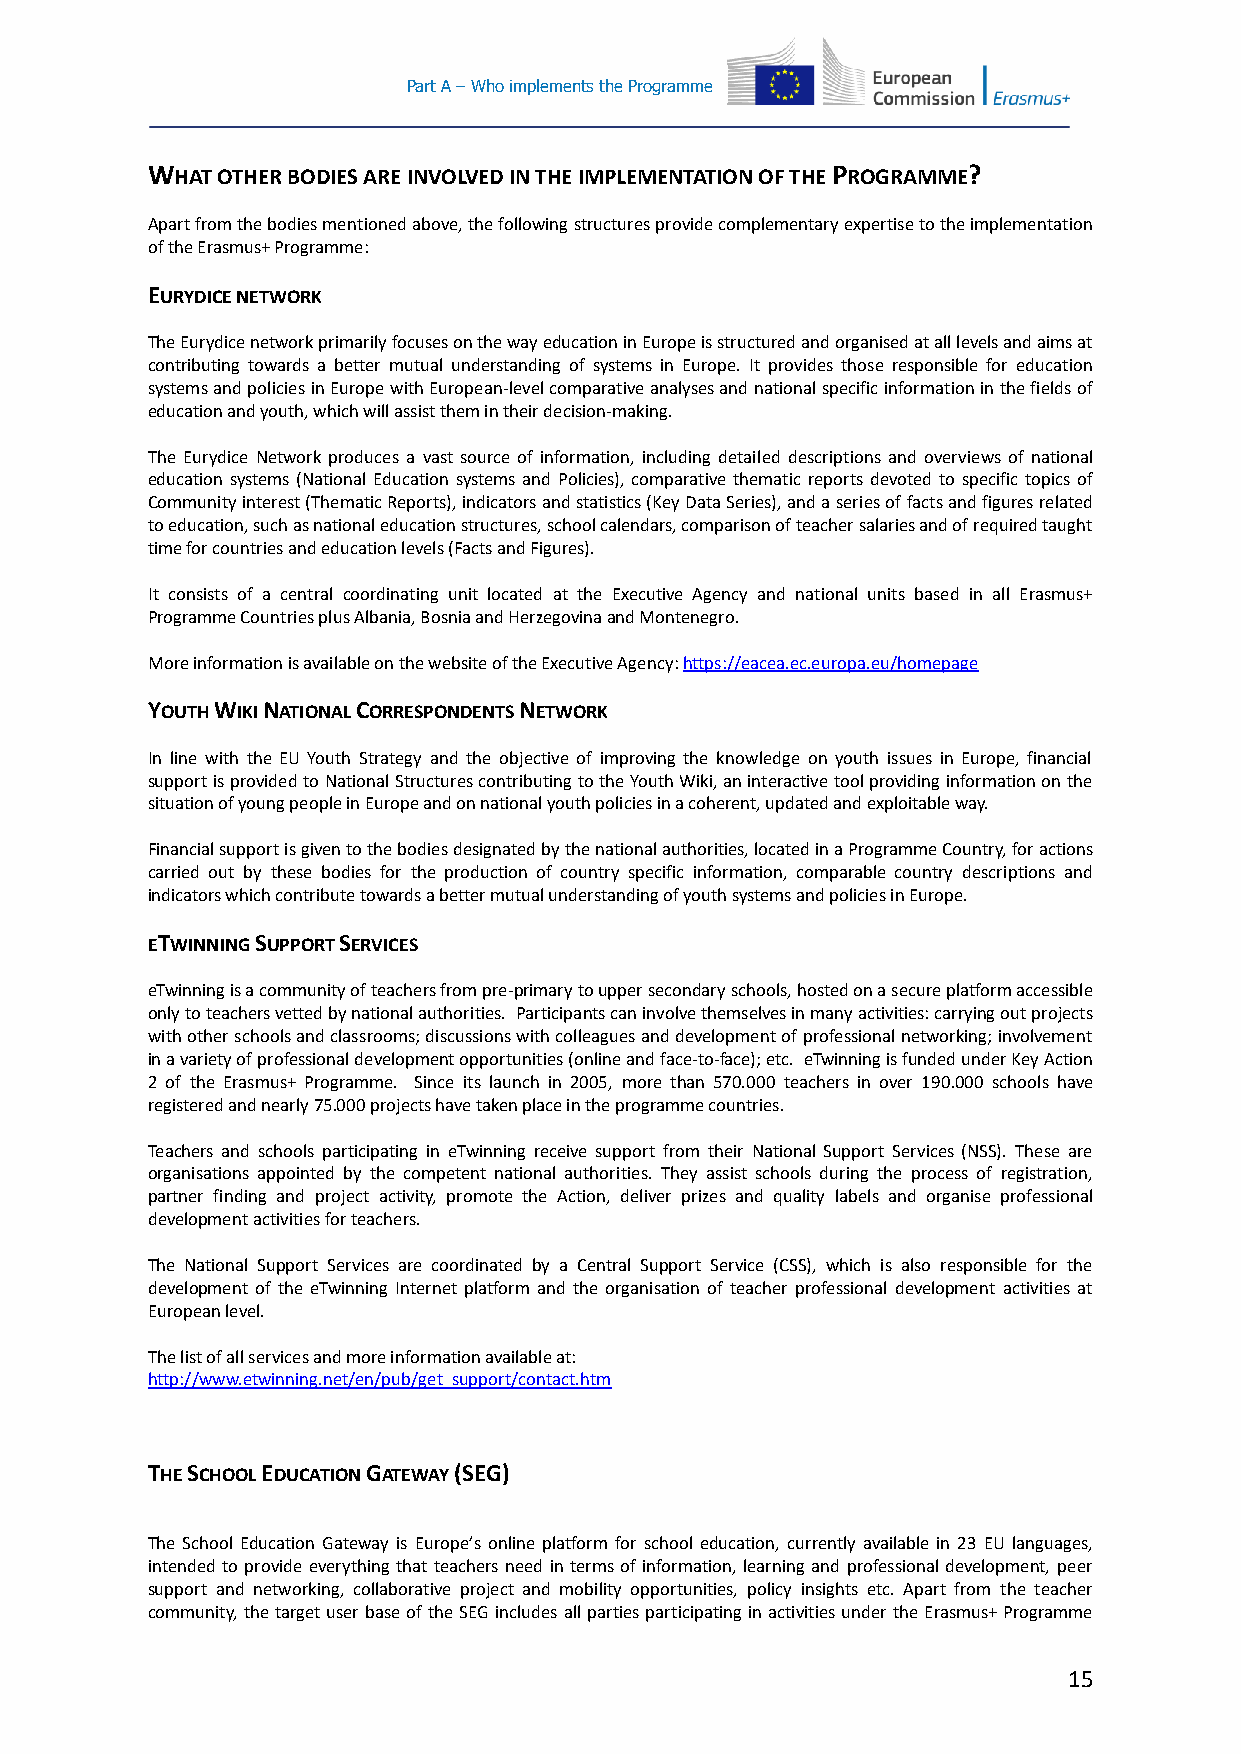
Part A – Who implements the Programme
 WHAT OTHER BODIES ARE INVOLVED IN THE IMPLEMENTATION OF THE PROGRAMME?
 Apart from the bodies mentioned above, the following structures provide complementary expertise to the implementation
 of the Erasmus+ Programme:
 EURYDICE NETWORK
 The Eurydice network primarily focuses on the way education in Europe is structured and organised at all levels and aims at
 contributing towards a better mutual understanding of systems in Europe. It provides those responsible for education
 systems and policies in Europe with European-level comparative analyses and national specific information in the fields of
 education and youth, which will assist them in their decision-making.
 The Eurydice Network produces a vast source of information, including detailed descriptions and overviews of national
 education systems (National Education systems and Policies), comparative thematic reports devoted to specific topics of
 Community interest (Thematic Reports), indicators and statistics (Key Data Series), and a series of facts and figures related
 to education, such as national education structures, school calendars, comparison of teacher salaries and of required taught
 time for countries and education levels (Facts and Figures).
 It consists of a central coordinating unit located at the Executive Agency and national units based in all Erasmus+
 Programme Countries plus Albania, Bosnia and Herzegovina and Montenegro.
 More information is available on the website of the Executive Agency: https://eacea.ec.europa.eu/homepage
 YOUTH WIKI NATIONAL CORRESPONDENTS NETWORK
 In line with the EU Youth Strategy and the objective of improving the knowledge on youth issues in Europe, financial
 support is provided to National Structures contributing to the Youth Wiki, an interactive tool providing information on the
 situation of young people in Europe and on national youth policies in a coherent, updated and exploitable way.
 Financial support is given to the bodies designated by the national authorities, located in a Programme Country, for actions
 carried out by these bodies for the production of country specific information, comparable country descriptions and
 indicators which contribute towards a better mutual understanding of youth systems and policies in Europe.
 ETWINNING SUPPORT SERVICES
 eTwinning is a community of teachers from pre-primary to upper secondary schools, hosted on a secure platform accessible
 only to teachers vetted by national authorities. Participants can involve themselves in many activities: carrying out projects
 with other schools and classrooms; discussions with colleagues and development of professional networking; involvement
 in a variety of professional development opportunities (online and face-to-face); etc. eTwinning is funded under Key Action
 2 of the Erasmus+ Programme. Since its launch in 2005, more than 570.000 teachers in over 190.000 schools have
 registered and nearly 75.000 projects have taken place in the programme countries.
 Teachers and schools participating in eTwinning receive support from their National Support Services (NSS). These are
 organisations appointed by the competent national authorities. They assist schools during the process of registration,
 partner finding and project activity, promote the Action, deliver prizes and quality labels and organise professional
 development activities for teachers.
 The National Support Services are coordinated by a Central Support Service (CSS), which is also responsible for the
 development of the eTwinning Internet platform and the organisation of teacher professional development activities at
 European level.
 The list of all services and more information available at:
 http://www.etwinning.net/en/pub/get_support/contact.htm
 THE SCHOOL EDUCATION GATEWAY (SEG)
 The School Education Gateway is Europe’s online platform for school education, currently available in 23 EU languages,
 intended to provide everything that teachers need in terms of information, learning and professional development, peer
 support and networking, collaborative project and mobility opportunities, policy insights etc. Apart from the teacher
 community, the target user base of the SEG includes all parties participating in activities under the Erasmus+ Programme
 15